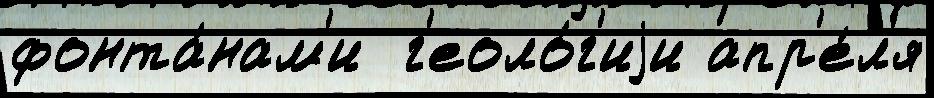
фонта́нам'и  г'еоло́г'иjи апр'е́л'я